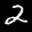
Label: 2